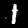
Digit: 1